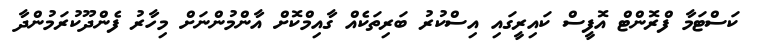
ކަސްޓަމާ ފްރޮންޓް އޮފީސް ކައިރީގައި އިސްކުރު ބަރިތަކެއް ގާއިމްކޮށް އާންމުންނަށް މިހާރު ފެންދޫކުރަމުންދާ